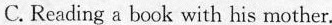
C. Reading a bock with his mother.